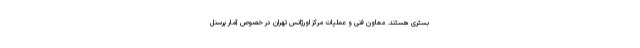
بستری هستند. معاون فنی و عملیات مرکز اورژانس تهران در خصوص آمار پرسنل